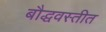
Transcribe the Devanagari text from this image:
बौद्धवस्तीत